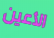
الأعين